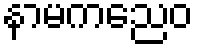
နာမကညေဝ